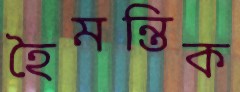
হৈমন্তিক